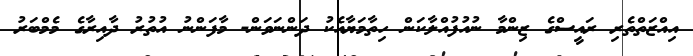
އިއްޒަތްތެރި ރައީސްގެ ޒިންމާ ނުއުފުއްލާކަން ހިތާމަޔާއެކު ދަންނަވަން- މާފަންނު އުތުރު ދާއިރާގެ މެމްބަރު